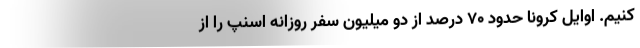
کنیم. اوایل کرونا حدود ۷۰ درصد از دو میلیون سفر روزانه‌ اسنپ را از